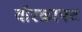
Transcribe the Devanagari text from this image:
वॉरक्राफ्ट